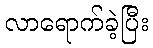
လာရောက်ခဲ့ပြီး